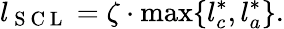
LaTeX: l_{\mathrm{~S~C~L~}}=\zeta\cdot\operatorname*{max}\{ l_{c}^{*},l_{a}^{*}\} .